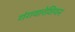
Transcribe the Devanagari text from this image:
गंगवारेशियन